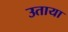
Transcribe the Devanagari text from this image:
उताया